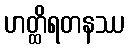
ဟတ္ထိရတနဿ